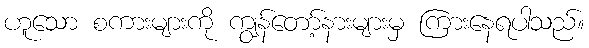
ဟူသော စကားများကို ကျွန်တော့်နားများမှ ကြားနေရပါသည်။